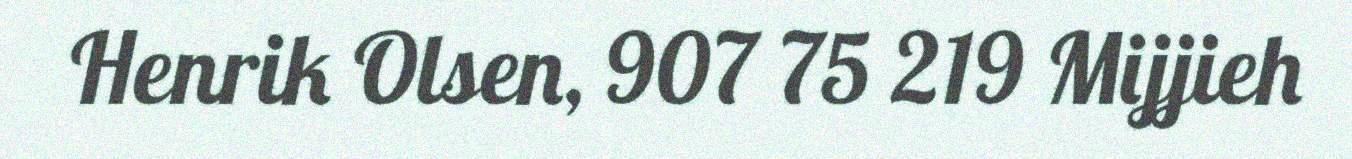
Henrik Olsen, 907 75 219 Mijjieh